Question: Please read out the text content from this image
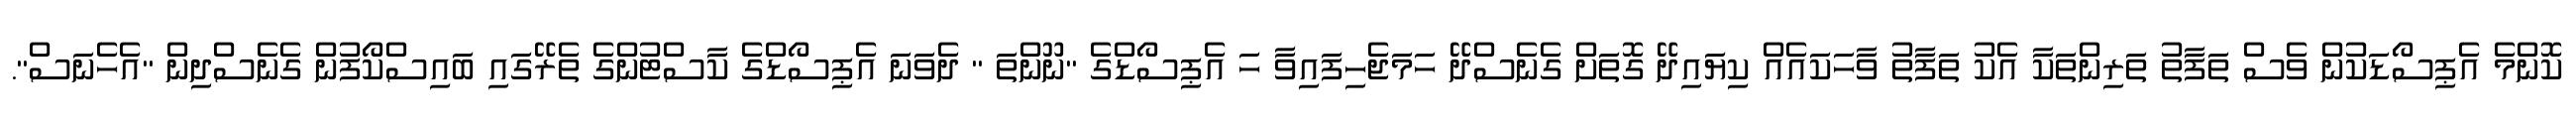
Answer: ކޮންމެ އެޕިސޯޑަކުން ވެސް ތަފާތު ތަރިންތަކާ އެކު ތަފާތު ވާހަކައެއް ކިޔައިދޭ ގޮތަށް ގެނެސްދޭ ހަމަޖެހިފައިވާ ހަ އެޕިސޯޑްގެ "ނޫންތަ " ދެވަނަ އެޕިސޯޑްގެ ކާސްޓުންގެ ތެރޭގައި ބައިސްކޯފުން ގެނެސްދިން "އެހެނަސް".